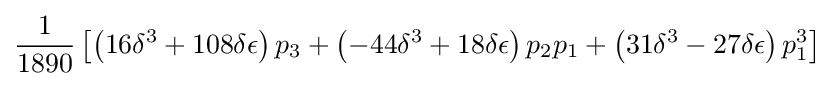
{\frac {1}{1890}}\left[\left(16\delta ^{3}+108\delta \epsilon \right)p_{3}+\left(-44\delta ^{3}+18\delta \epsilon \right)p_{2}p_{1}+\left(31\delta ^{3}-27\delta \epsilon \right)p_{1}^{3}\right]